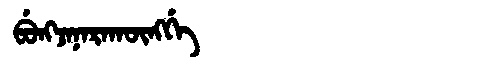
Manchu: ᠪᡠᠩᠵᠠᠨᠠᡵᠠᡴᡡᠩᡤᡝ
Romanization: BUNGJANARAKŪNGGE